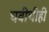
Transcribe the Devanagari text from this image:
चवीचीही